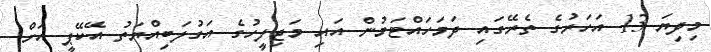
މިދިޔަ 13 އަހަރުގެ ތެރޭގައި ދަމަހައްޓަމުން އައި މަޖިލީހުގެ އަގުލަބިއްޔަތު އޭކޭޕީ އަށް